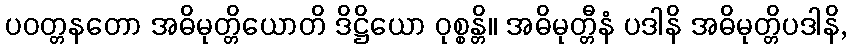
ပဝတ္တနတော အဓိမုတ္တိယောတိ ဒိဋ္ဌိယော ဝုစ္စန္တိ။ အဓိမုတ္တီနံ ပဒါနိ အဓိမုတ္တိပဒါနိ,